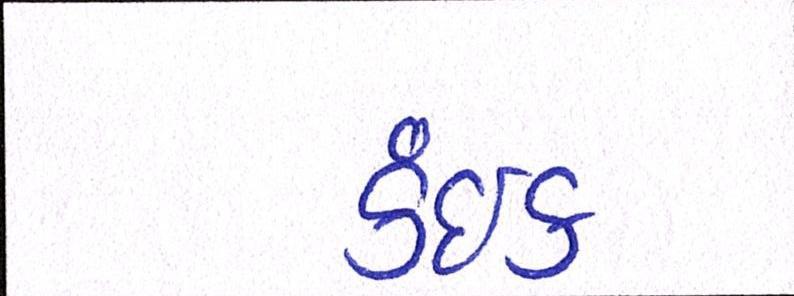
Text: કંઈક